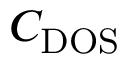
C _ { \mathrm { D O S } }